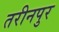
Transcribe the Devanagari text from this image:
तरीनपुर